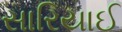
સારિયાઈ